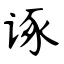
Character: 诼